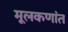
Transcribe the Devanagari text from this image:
मूलकणांत